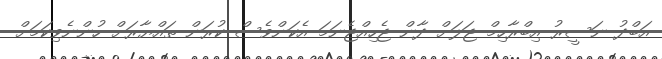
އަބްދު ނަސީރު އިބްރާހިމް ޖަލަށް ދާން ޖެހިއްޖެނަމަ އެކަންވެސް ކުރަން ތައްޔާރަށް ހުންނެވިކަމަށް